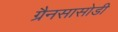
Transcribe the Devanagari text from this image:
ग्रैनसासोडी